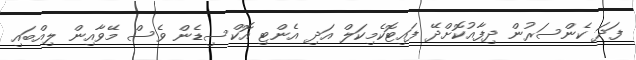
ފަދަ ކެންސަރުން ދިފާއުކޮށްދޭ ފައިޓޮކެމިކަލް އަދި އެންޓި އޮކްސިޑެން ވެސް މޭވާއިން ލިއްބައި